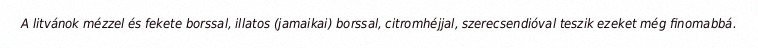
A litvánok mézzel és fekete borssal, illatos (jamaikai) borssal, citromhéjjal, szerecsendióval teszik ezeket még finomabbá.